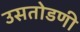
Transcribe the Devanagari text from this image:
उसतोडणी